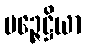
မဉ္ဇေဋ္ဌိယာ